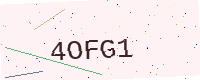
Text: 4OFG1